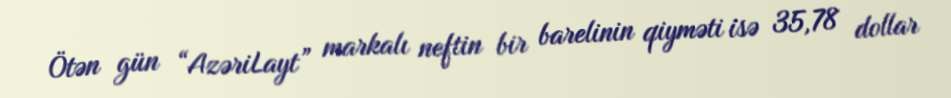
Ötən gün “AzəriLayt” markalı neftin bir barelinin qiyməti isə 35,78 dollar